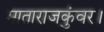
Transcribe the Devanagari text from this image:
माताराजकुंवर।